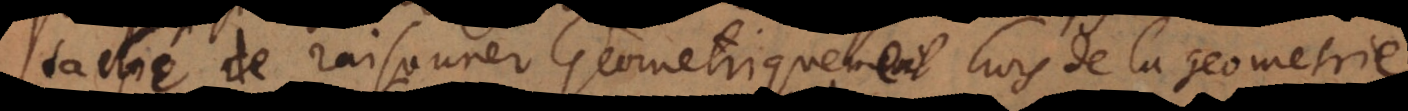
taché de raisonner Geometriquement hors de la geometrie,